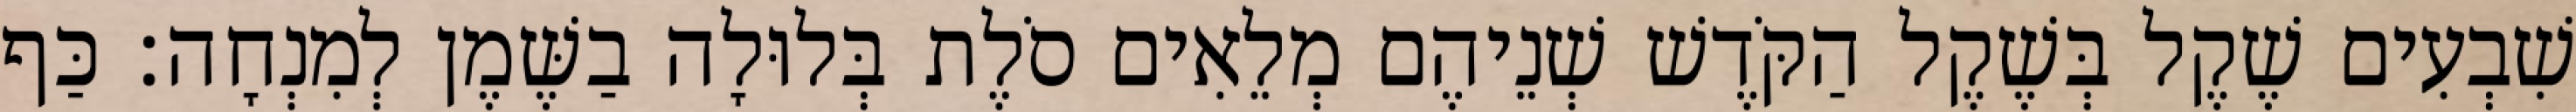
שִׁבְעִים שֶׁקֶל בְּשֶׁקֶל הַקֹּדֶשׁ שְׁנֵיהֶם מְלֵאִים סֹלֶת בְּלוּלָה בַשֶּׁמֶן לְמִנְחָה׃ כַּף